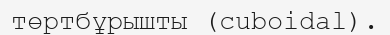
төртбұрышты (cuboidal).